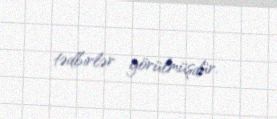
tədbirlər görülmüşdür.